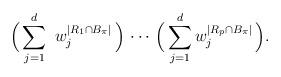
LaTeX: \begin{align*} \Bigl( \, \sum_{j=1}^d \ w_j^{ |R_1 \cap B_{\pi}| } \, \Bigr)\, \cdots \, \Bigl( \, \sum_{j=1}^d w_j^{ |R_p \cap B_{\pi}| } \, \Bigr).\end{align*}